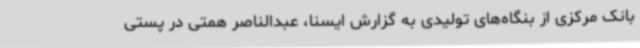
بانک مرکزی از بنگاه‌های تولیدی به گزارش ایسنا، عبدالناصر همتی در پستی